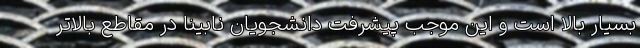
بسیار بالا است و این موجب پیشرفت دانشجویان نابینا در مقاطع بالاتر